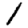
Digit: 1